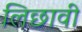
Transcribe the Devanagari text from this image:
लिछावी